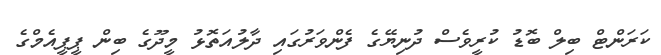
ކަރަންޓް ބިލް ބޮޑު ކުރީވެސް ދުނިޔޭގެ ފެންވަރުގައި ދާލުއަތޮޅު މީދޫގެ ބިން ޕީޕީއެމްގެ